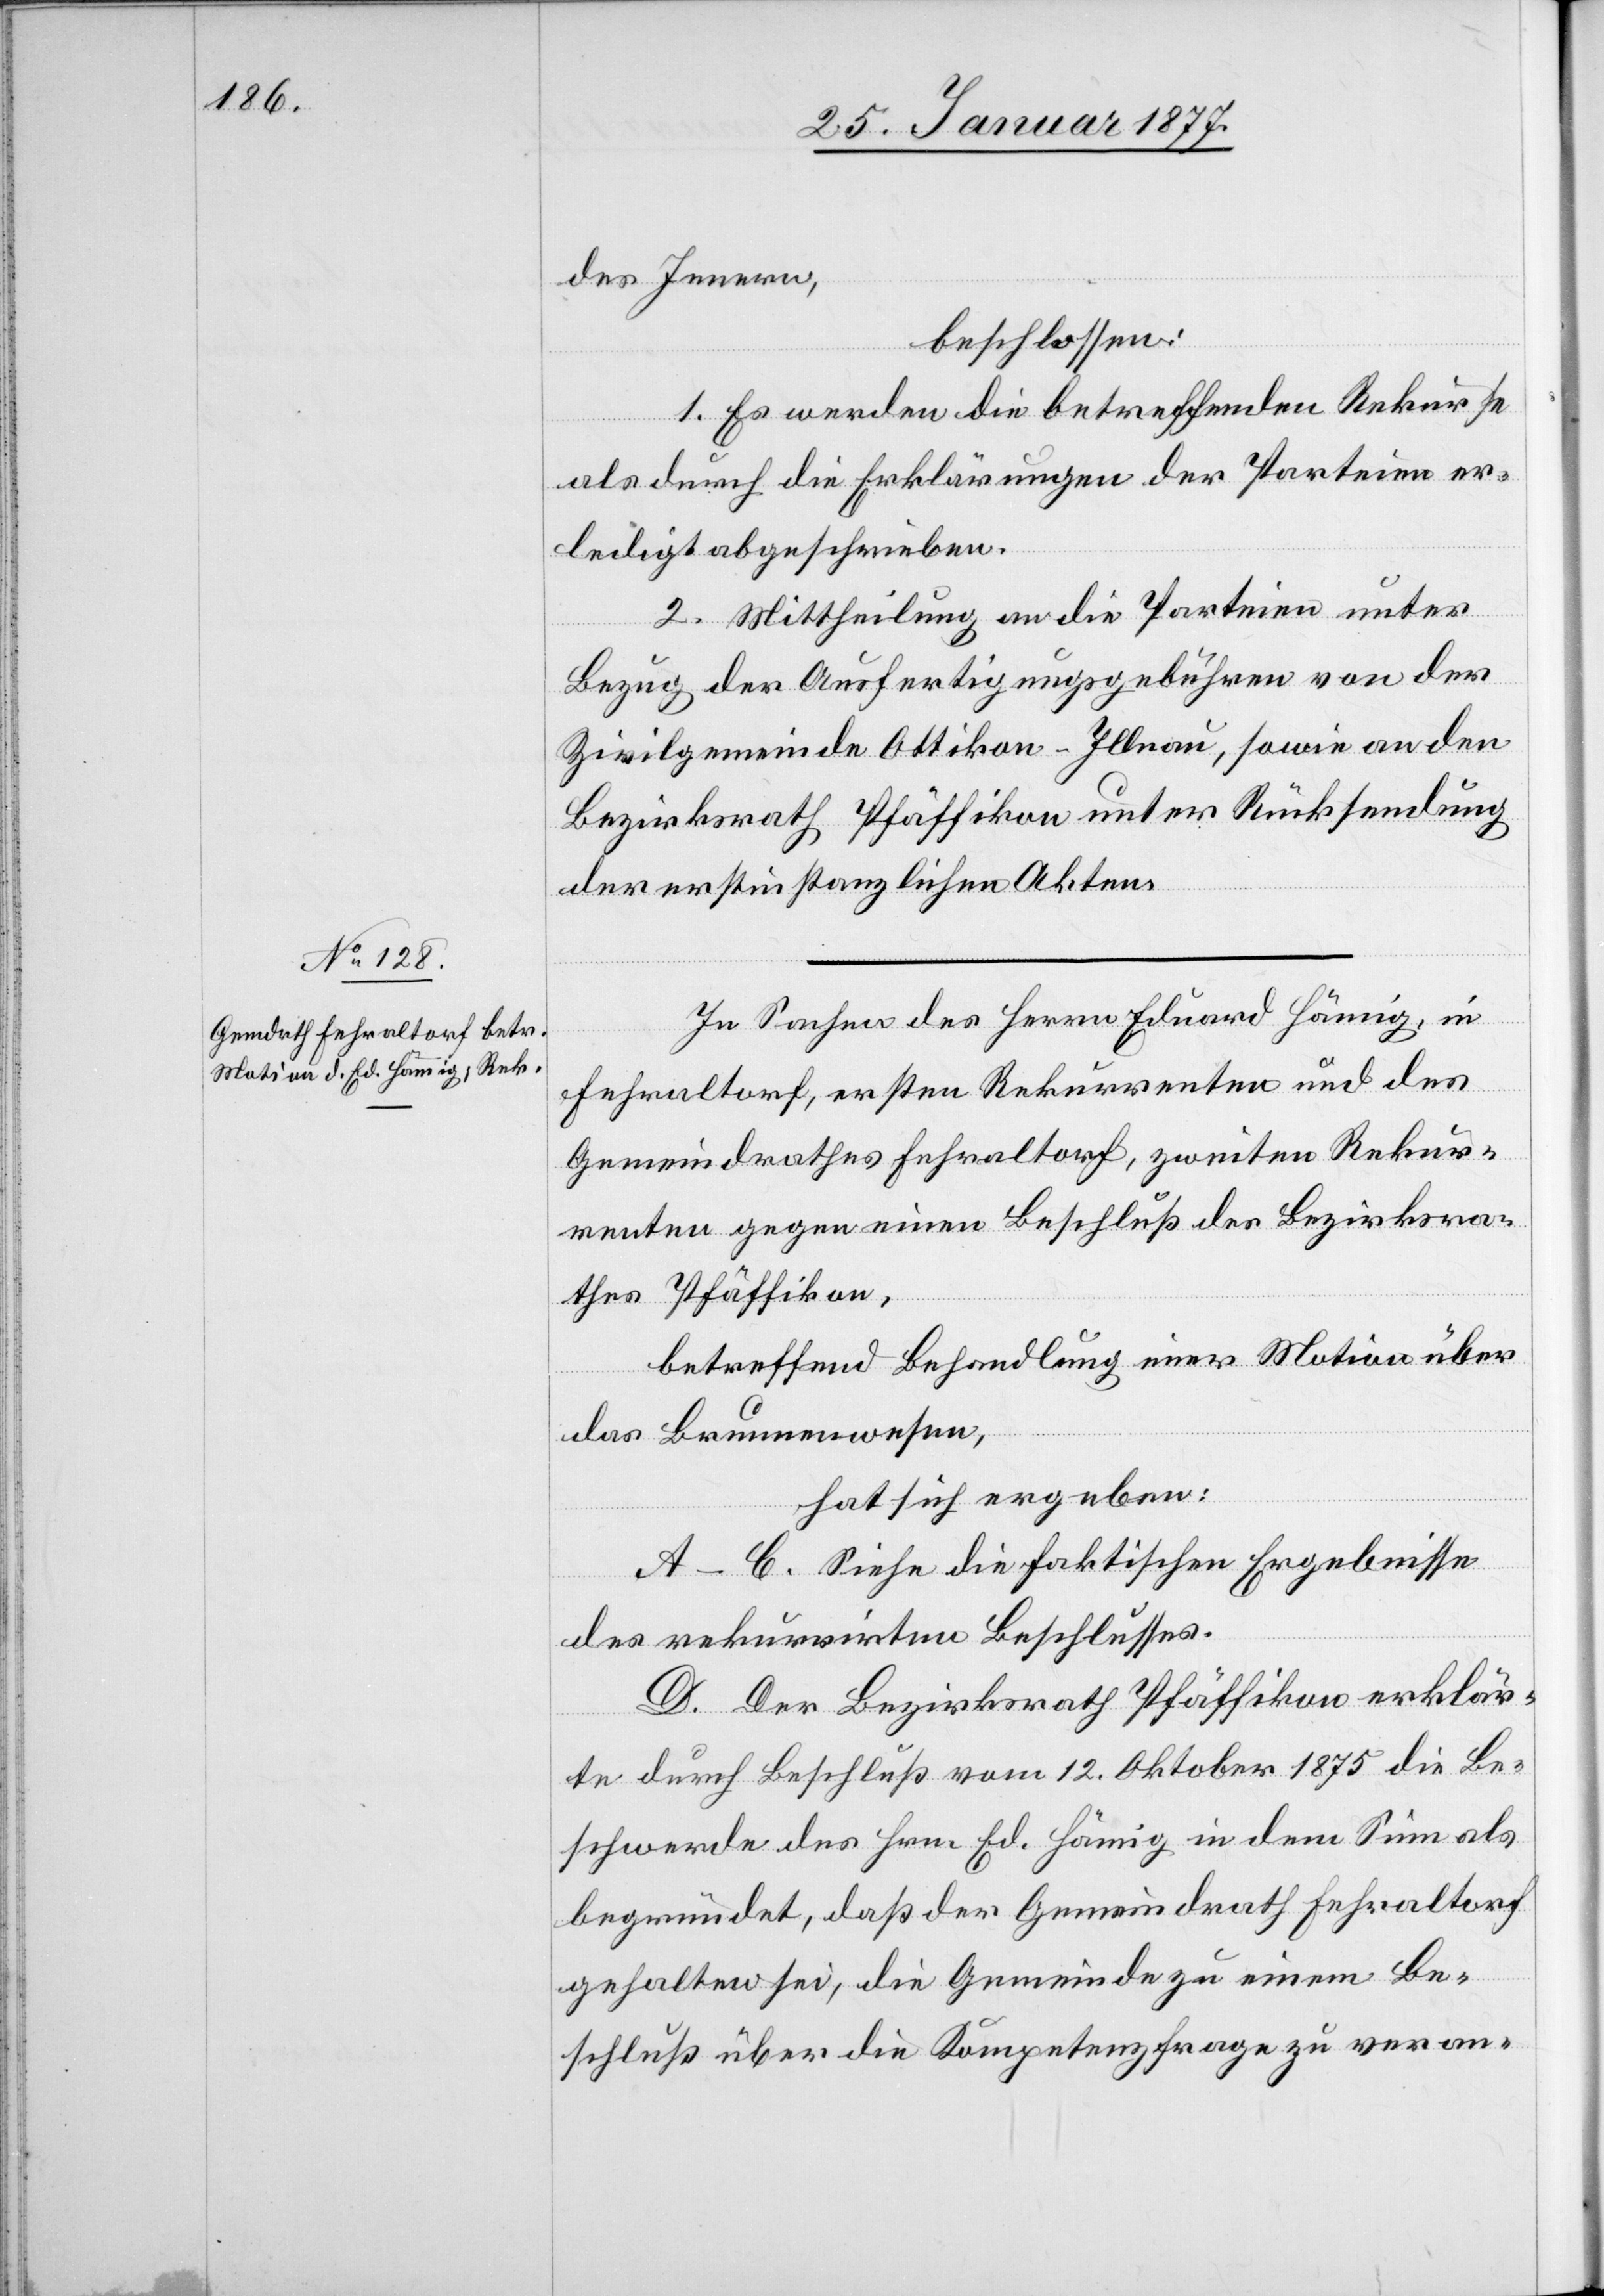
des Innern,
beschlossen:
1. Es werden die betreffenden Rekurse
als durch die Erklärungen der Parteien er¬
ledigt abgeschrieben.
2. Mittheilung an die Parteien unter
Bezug der Ausfertigungsgebühren von der
Zivilgemeinde Ottikon-Illnau, sowie an den
Bezirksrath Pfäffikon unter Rücksendung
der erstinstanzlichen Akten.
In Sachen des Herrn Eduard Hämig
in
Fehraltorf, ersten Rekurrenten und des
Gemeindrathes Fehraltorf, zweiten Rekur¬
renten gegen einen Beschluß des Bezirksra¬
thes Pfäffikon,
betreffend Behandlung einer Motion über
das Brunnenwesen,
hat sich ergeben:
A.–C. Siehe die faktischen Ergebnisse
des rekurrirten Beschlusses.
D. Der Bezirksrath Pfäffikon erklär¬
te durch Beschluß vom 12. Oktober 1875 die Be¬
schwerde des Hrn. Ed. Hämig in dem Sinn als
begründet, daß der Gemeindrath Fehraltorf
gehalten sei, die Gemeinde zu einem Be¬
schluß über die Kompetenzfrage zu veran-